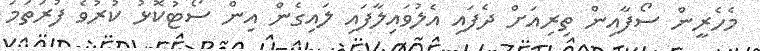
މެހެރީން ސޯފާއިން ތިރިއަށް ދެފައި އެލުވައިލާފައި ލައިގެން އިން ސޯޓުކޮޅު ކުރުވެ ފުރަތަމަ